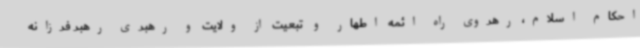
احکام اسلام، رهروی راه ائمه اطهار و تبعیت از ولایت و رهبری رهبر فرزانه